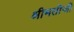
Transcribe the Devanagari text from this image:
श्रीमतीजी